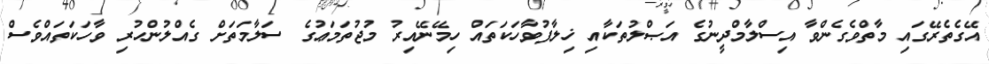
އޭގެތެރޭގައި މާތްވެގެންވާ އިސްލާމްދީނުގެ އަޞްލުތަކާއި ޚިލާފުވާހަކަތައް ހިމޭނޭއިރު މުޖުތަމަޢުގެ ސަލާމަތަށް ގެއްލުންހުރި ވާހަކަތައްވެސް